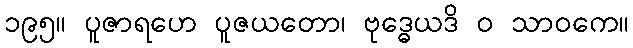
၁၉၅။ ပူဇာရဟေ ပူဇယတော၊ ဗုဒ္ဓေယဒိ ဝ သာဝကေ။